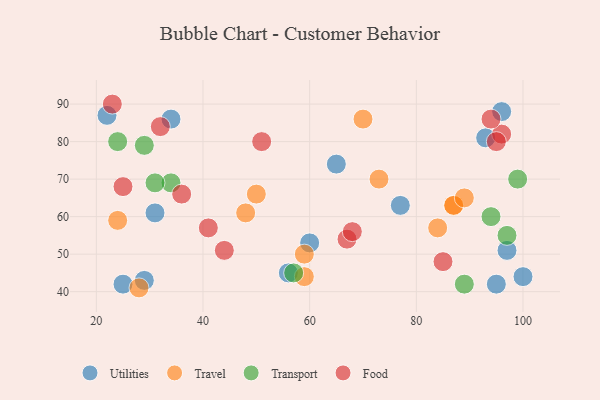
{"axis": {"x": "GDP", "y": "Life Expectancy"}, "legend": ["Food", "Transport", "Travel", "Utilities"], "data": [{"x": "34", "y": 86, "type": "Utilities"}, {"x": "77", "y": 63, "type": "Utilities"}, {"x": "25", "y": 42, "type": "Utilities"}, {"x": "22", "y": 87, "type": "Utilities"}, {"x": "95", "y": 42, "type": "Utilities"}, {"x": "97", "y": 51, "type": "Utilities"}, {"x": "56", "y": 45, "type": "Utilities"}, {"x": "100", "y": 44, "type": "Utilities"}, {"x": "93", "y": 81, "type": "Utilities"}, {"x": "31", "y": 61, "type": "Utilities"}, {"x": "65", "y": 74, "type": "Utilities"}, {"x": "60", "y": 53, "type": "Utilities"}, {"x": "29", "y": 43, "type": "Utilities"}, {"x": "96", "y": 88, "type": "Utilities"}, {"x": "28", "y": 41, "type": "Travel"}, {"x": "84", "y": 57, "type": "Travel"}, {"x": "50", "y": 66, "type": "Travel"}, {"x": "73", "y": 70, "type": "Travel"}, {"x": "48", "y": 61, "type": "Travel"}, {"x": "70", "y": 86, "type": "Travel"}, {"x": "59", "y": 44, "type": "Travel"}, {"x": "87", "y": 63, "type": "Travel"}, {"x": "24", "y": 59, "type": "Travel"}, {"x": "87", "y": 63, "type": "Travel"}, {"x": "89", "y": 65, "type": "Travel"}, {"x": "59", "y": 50, "type": "Travel"}, {"x": "34", "y": 69, "type": "Transport"}, {"x": "99", "y": 70, "type": "Transport"}, {"x": "29", "y": 79, "type": "Transport"}, {"x": "94", "y": 60, "type": "Transport"}, {"x": "24", "y": 80, "type": "Transport"}, {"x": "89", "y": 42, "type": "Transport"}, {"x": "57", "y": 45, "type": "Transport"}, {"x": "97", "y": 55, "type": "Transport"}, {"x": "31", "y": 69, "type": "Transport"}, {"x": "67", "y": 54, "type": "Food"}, {"x": "85", "y": 48, "type": "Food"}, {"x": "96", "y": 82, "type": "Food"}, {"x": "44", "y": 51, "type": "Food"}, {"x": "36", "y": 66, "type": "Food"}, {"x": "23", "y": 90, "type": "Food"}, {"x": "51", "y": 80, "type": "Food"}, {"x": "94", "y": 86, "type": "Food"}, {"x": "68", "y": 56, "type": "Food"}, {"x": "95", "y": 80, "type": "Food"}, {"x": "25", "y": 68, "type": "Food"}, {"x": "41", "y": 57, "type": "Food"}, {"x": "32", "y": 84, "type": "Food"}]}